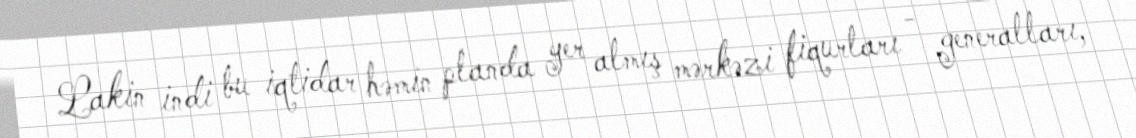
Lakin indi bu iqtidar həmin planda yer almış mərkəzi fiqurları - generalları,